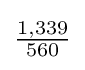
{\tfrac {1,339}{560}}